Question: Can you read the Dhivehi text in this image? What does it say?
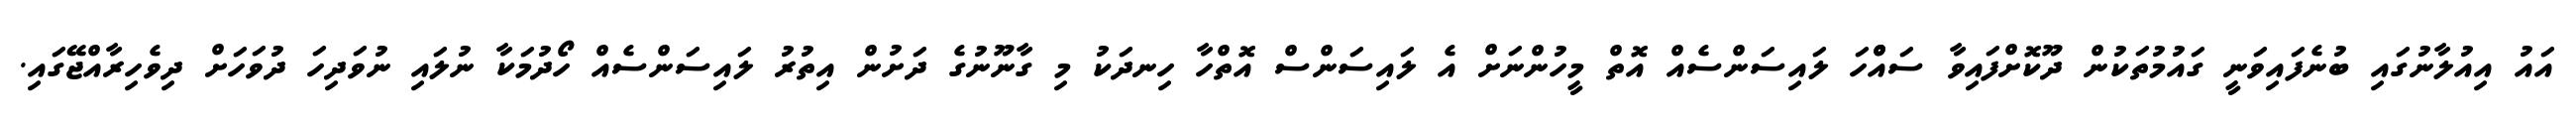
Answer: އައު އިއުލާނުގައި ބުނެފައިވަނީ ގައުމުތަކުން ދޫކޮށްފައިވާ ސައްްހަ ލައިސަންސެއް އޮތް މީހުންނަށް އެ ލައިސަންސް އޮތްހާ ހިނދަކު މި ގާނޫނުގެ ދަށުން އިތުރު ލައިސަންސެއް ހޯދުމަކާ ނުލައި ނުވަދިހަ ދުވަހަށް ދިވެހިރާއްޖޭގައި.